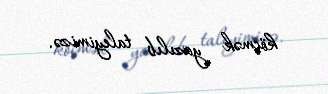
köçmək yazılıb taleyimizə.